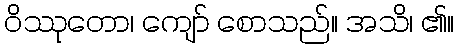
ဝိဿုတော၊ ကျော် စောသည်။ အသိ၊ ၏။